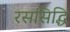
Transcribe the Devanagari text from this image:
रससिद्धि